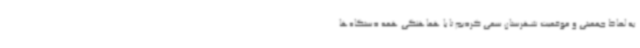
به لحاظ جمعیتی و موقعیت شهرستان سعی کردیم تا با هماهنگی همه دستگاه‌ها